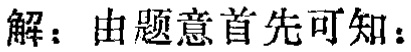
解：由题意首先可知：